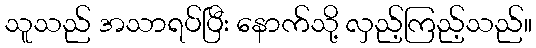
သူသည် အသာရပ်ပြီး နောက်သို့ လှည့်ကြည့်သည်။